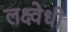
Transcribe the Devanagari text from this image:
लक्ष्वेधी